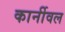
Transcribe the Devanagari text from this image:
कार्नीवल